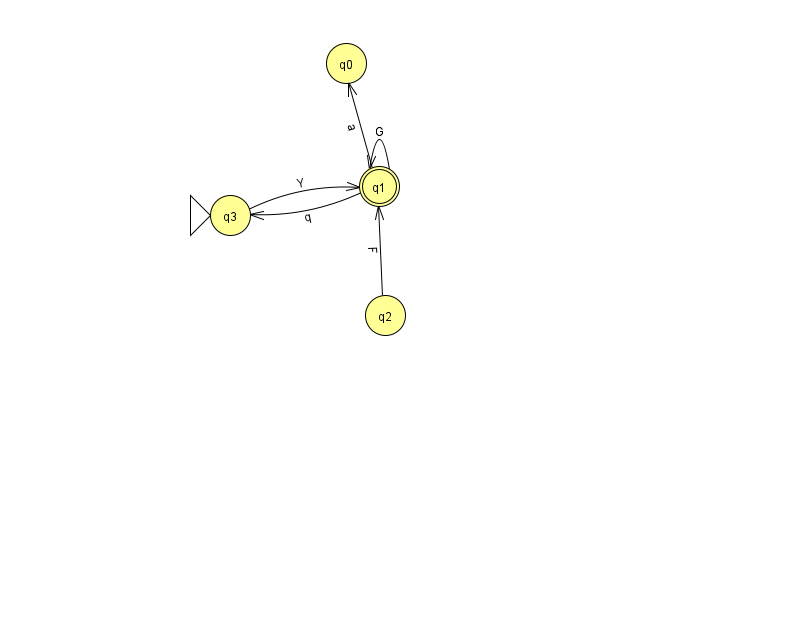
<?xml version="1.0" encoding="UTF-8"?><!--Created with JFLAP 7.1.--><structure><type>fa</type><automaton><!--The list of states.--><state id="0" name="q0"><x>346.0</x><y>50.0</y></state><state id="1" name="q1"><x>379.0</x><y>173.0</y><final/></state><state id="2" name="q2"><x>385.0</x><y>302.0</y></state><state id="3" name="q3"><x>230.0</x><y>202.0</y><initial/></state><!--The list of transitions.--><transition><from>1</from><to>3</to><read>q</read></transition><transition><from>1</from><to>1</to><read>G</read></transition><transition><from>2</from><to>1</to><read>F</read></transition><transition><from>1</from><to>0</to><read>a</read></transition><transition><from>3</from><to>1</to><read>Y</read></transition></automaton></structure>